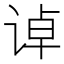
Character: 𰵳